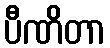
ပီဏိတာ